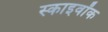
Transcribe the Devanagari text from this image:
स्काइवॉक